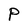
Character: P